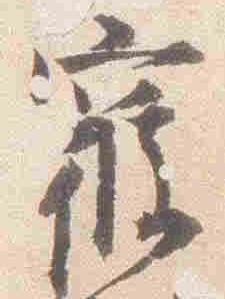
寝